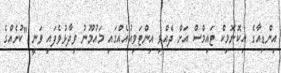
އިންޑިއާގެ އިކޮނޮމިކް ޓައިމްސް އަށް ދެއްވި އިންޓަވިއުއެއްގައި މައުމޫނު ވިދާޅުވެފައި ވަނީ "ކުށެއްގެ